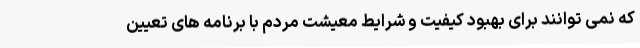
که نمی توانند برای بهبود کیفیت و شرایط معیشت مردم با برنامه های تعیین